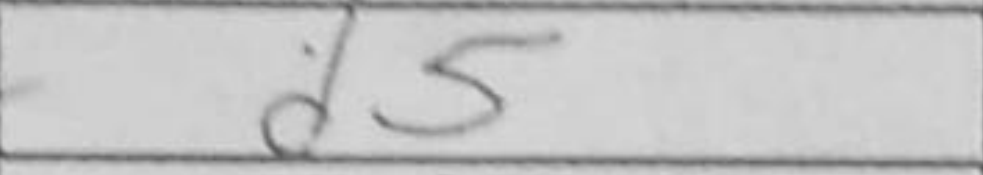
Transcription: d5